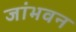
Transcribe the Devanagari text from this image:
जांभवन